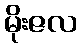
မိုးဇလ